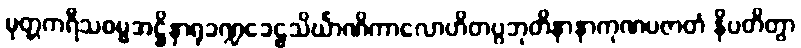
မုတ္တကရီသစမ္မအဋ္ဌိနှာရုခဏ္ဍခေဠသိင်္ဃာဏိကာလောဟိတပ္ပဘုတိနာနာကုဏပဇာတံ နိပတိတွာ